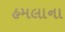
હમલાના